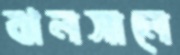
ঝলসালে